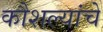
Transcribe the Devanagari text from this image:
कौशल्यांचे